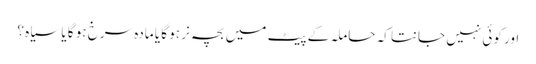
اور کوئی نہیں جانتا کہ حاملہ کے پیٹ میں بچہ نر ہو گا یا مادہ سرخ ہو گا یا سیاہ ؟